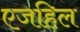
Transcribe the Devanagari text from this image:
एजहिल